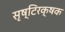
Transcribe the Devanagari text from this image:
सृष्टिरक्षक